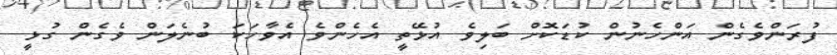
ފުރަންވެގެން އަންހެނުން ކުޑަކޮށް ބަލިވެ އުޅޭތީ އެހެންވެ އެވާހަކަ ބުނެލަން ވެގެން ގުޅީ